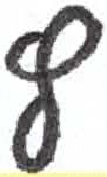
אות: ץ